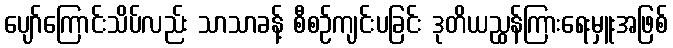
ပျော်ကြောင်းသိပ်လည်း သာသာခန့် စီစဉ်ကျင်းပခြင်း ဒုတိယညွှန်ကြားရေးမှူးအဖြစ်